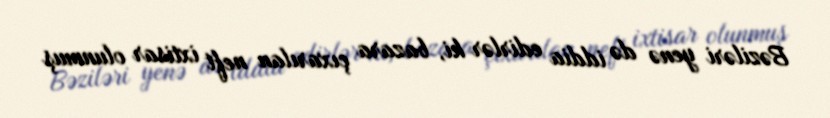
Bəziləri yenə də iddia edirlər ki, bazara çıxarılan neft ixtisar olunmuş